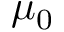
\mu _ { 0 }